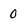
Character: 0